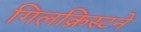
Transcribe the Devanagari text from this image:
गिलक्रिस्टने